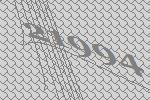
21994